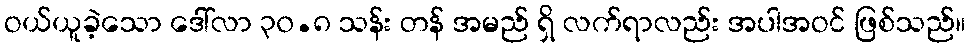
ဝယ်ယူခဲ့သော ဒေါ်လာ ၃၀.၈ သန်း တန် အမည် ရှိ လက်ရာလည်း အပါအဝင် ဖြစ်သည်။